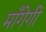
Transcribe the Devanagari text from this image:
माँगेगी